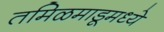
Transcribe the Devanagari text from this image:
तमिळमाडूमध्ये